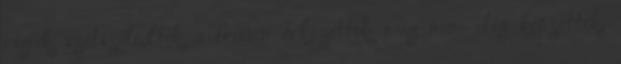
régiek szétszéledtek a frissen érkezettek még nem elég képzettek,